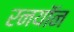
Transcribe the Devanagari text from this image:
रनयॉन